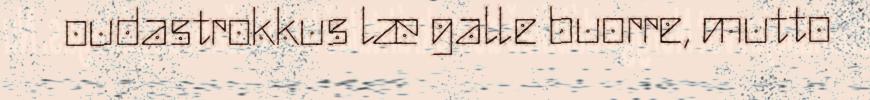
oudastrokkus læ galle buorre, mutto